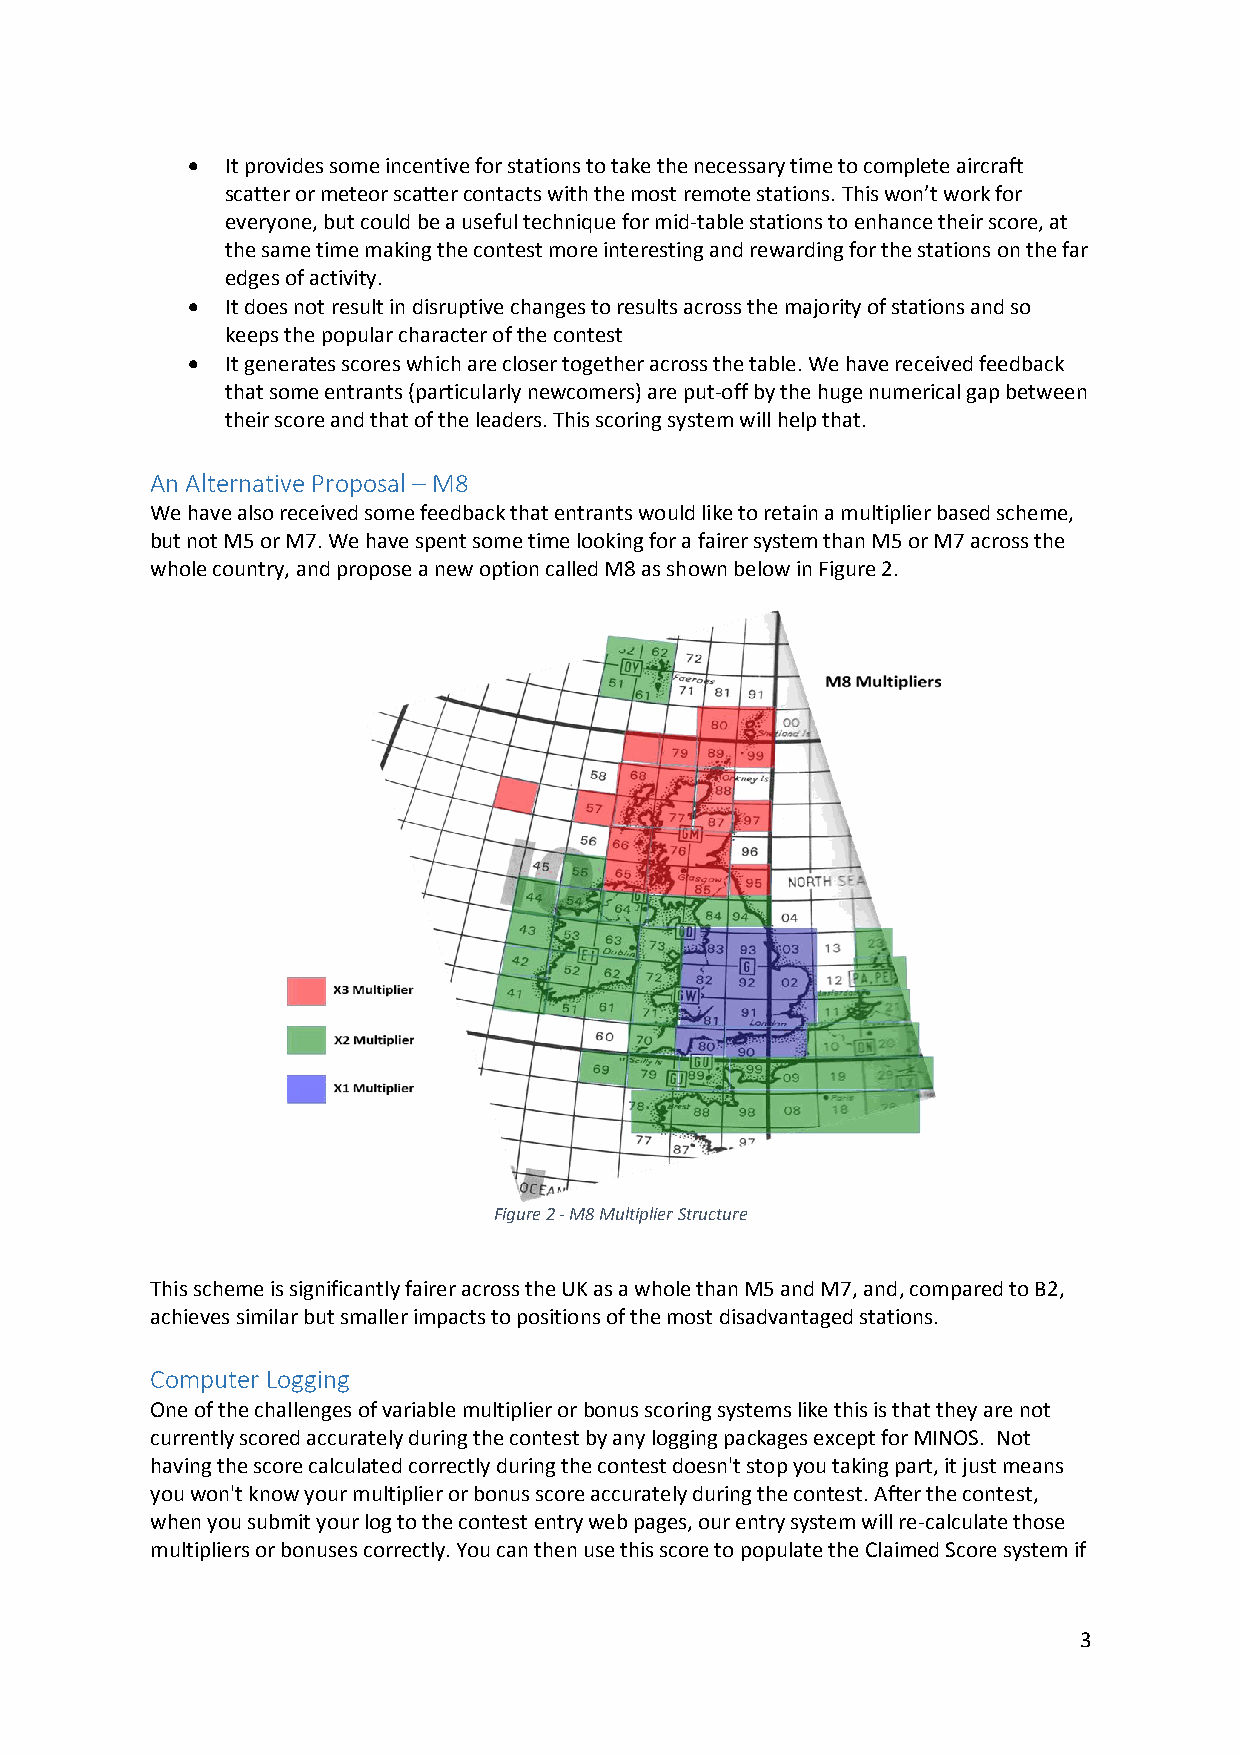
  It provides some incentive for stations to take the necessary time to complete aircraft
 scatter or meteor scatter contacts with the most remote stations. This won’t work for
 everyone, but could be a useful technique for mid-table stations to enhance their score, at
 the same time making the contest more interesting and rewarding for the stations on the far
 edges of activity.
   It does not result in disruptive changes to results across the majority of stations and so
 keeps the popular character of the contest
   It generates scores which are closer together across the table. We have received feedback
 that some entrants (particularly newcomers) are put-off by the huge numerical gap between
 their score and that of the leaders. This scoring system will help that.
 An Alternative Proposal – M8
 We have also received some feedback that entrants would like to retain a multiplier based scheme,
 but not M5 or M7. We have spent some time looking for a fairer system than M5 or M7 across the
 whole country, and propose a new option called M8 as shown below in Figure 2.
 Figure 2 - M8 Multiplier Structure
 This scheme is significantly fairer across the UK as a whole than M5 and M7, and, compared to B2,
 achieves similar but smaller impacts to positions of the most disadvantaged stations.
 Computer Logging
 One of the challenges of variable multiplier or bonus scoring systems like this is that they are not
 currently scored accurately during the contest by any logging packages except for MINOS. Not
 having the score calculated correctly during the contest doesn't stop you taking part, it just means
 you won't know your multiplier or bonus score accurately during the contest. After the contest,
 when you submit your log to the contest entry web pages, our entry system will re-calculate those
 multipliers or bonuses correctly. You can then use this score to populate the Claimed Score system if
 3